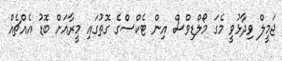
ޖަމީލް ވިދާޅުވީ މެގަ މޯލްޑިވްސް އިން ޓެކްސްގެ ގޮތުގައި މީރާއަށް ބޮޑު އެއްޗެއް